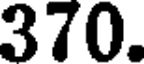
370.